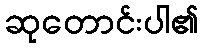
ဆုတောင်းပါ၏